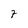
Character: 7